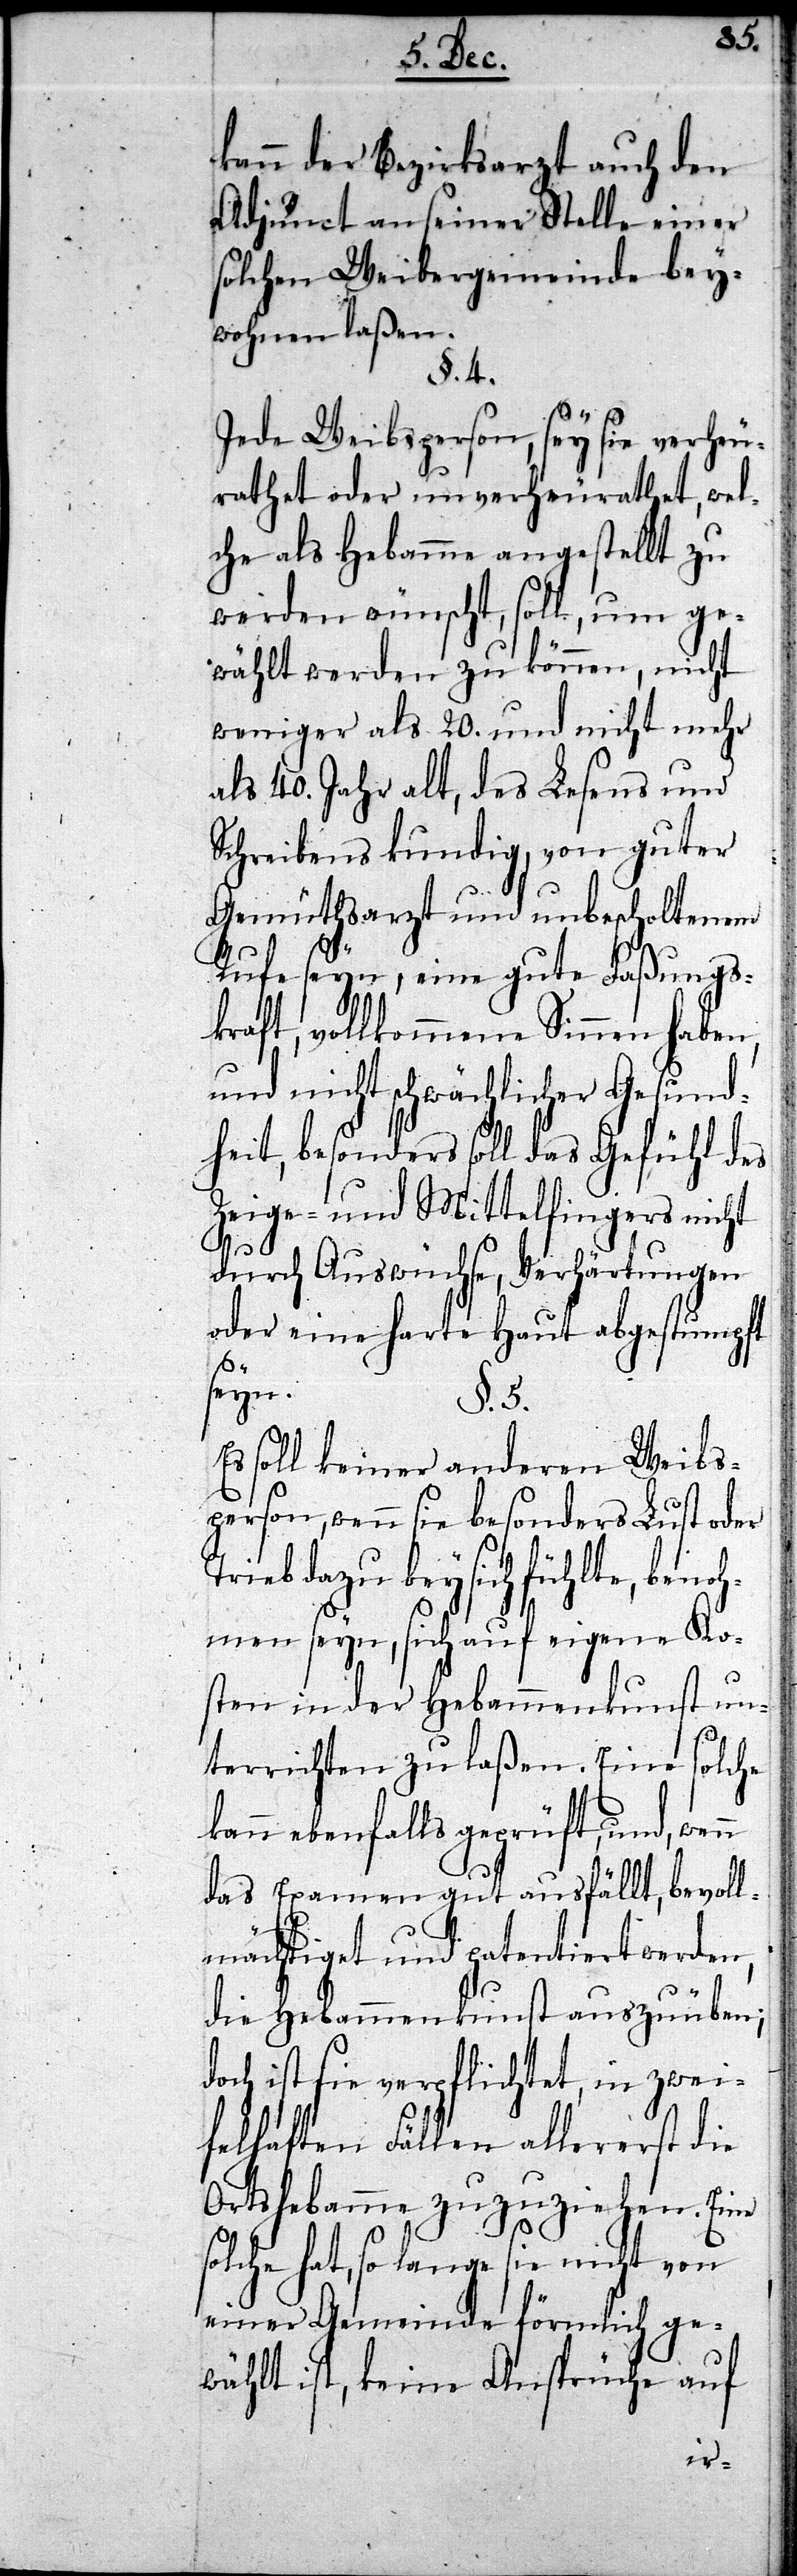
kann der Bezirksarzt auch den
Adjunct an seiner Stelle einer
solchen Weibergemeinde bey¬
wohnen laßen.
§. 4.
Jede Weibsperson, sey sie verheu¬
rathet oder unverheurathet, wel¬
che als Hebamme angestellt zu
werden wünscht, soll, um ge¬
wählt werden zu können, nicht
weniger als 20. und nicht mehr
als 40. Jahr alt, des Lesens und
Schreibens kundig, von guter
Rufe seyn, eine gute Faßungsk¬
raft, vollkommene Sinnen haben,
und nicht schwächlicher Gesund¬
heit, besonders soll das Gefühl des
Zeige- und Mittelfingers nicht
s¬
durch Auswüchse, Verhärtungen
oder eine harte Haut abgestumpft
seyn.
§. 5.
Es soll keiner anderen Weibs¬
person, wenn sie besonders Lust oder
Trieb dazu bey sich fühlte, ben¬
ohmen seyn, sich auf eigene Ko¬
sten in der Hebammenkunst un¬
terrichten zu laßen. Eine solche
kann ebenfalls geprüft, und, wen¬
das Examen gut ausfällt, bevoll¬
mächtiget und patentiert werden,
die Hebammenkunst auszuüben;
doch ist sie verpflichtet, in zwei¬
felhaften Fällen allererst die
Ortshebamme zuzuziehen. Eine
olche hat, so lange sie nicht von
einer Gemeinde förmlich ge¬
wählt ist, keine Ansprüche auf